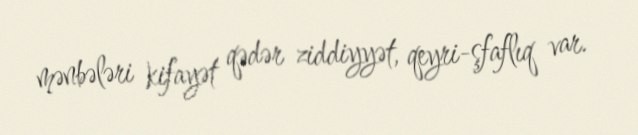
mənbələri kifayət qədər ziddiyyət, qeyri-şfaflıq var.